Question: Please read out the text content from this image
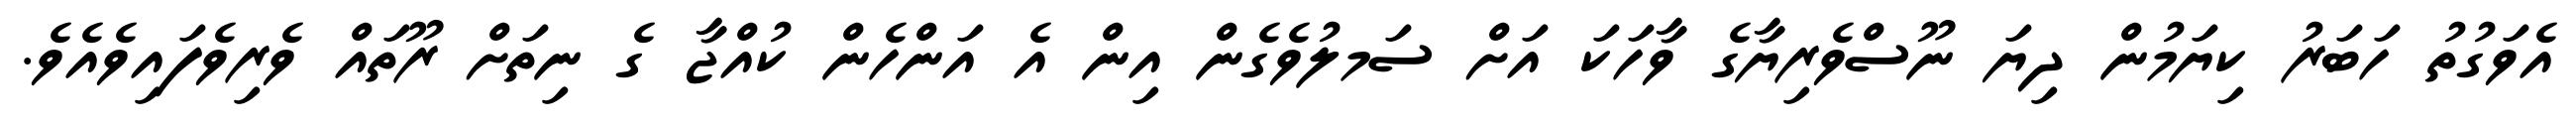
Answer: އެވަގުތު ހަބަރު ކިޔަމުން ދިޔަ ނޫސްވެރިޔާގެ ވާހަކަ އަށް ސަމލުވެގެން އިން އެ އަންހެން ކުއްޖާ ގެ ނިތަށް ރޫތައް ވެރިވެފައިވެއެވެ.